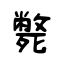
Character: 斃